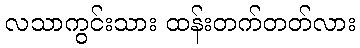
လသာကွင်းသား ထန်းတက်တတ်လား